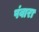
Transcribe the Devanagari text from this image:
पंवारा